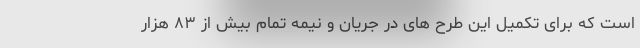
است که برای تکمیل این طرح های در جریان و نیمه تمام بیش از ۸۳ هزار